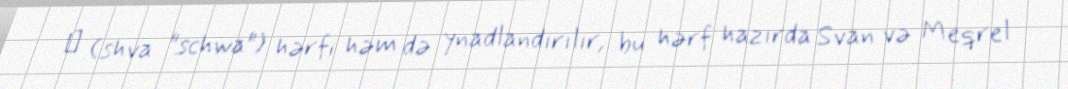
ჷ (shva "schwa") hərfi həm də ynadlandırılır, bu hərf hazırda Svan və Meqrel